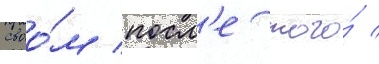
своо́м посл'е того́ /